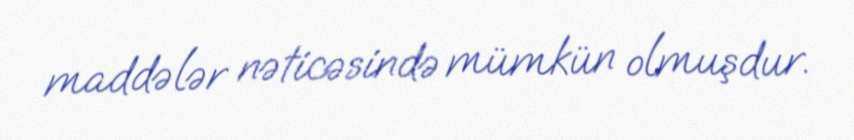
maddələr nəticəsində mümkün olmuşdur.